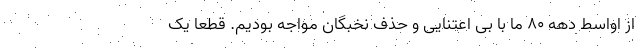
از اواسط دهه ۸۰ ما با بی اعتنایی و حذف نخبگان مواجه بودیم. قطعا یک